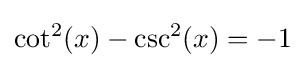
\cot ^{2}(x)-\csc ^{2}(x)=-1